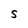
Character: S